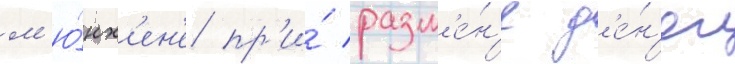
м'ю́нх'ен'е пр'и́ разм'е́н'е д'е́н'ег